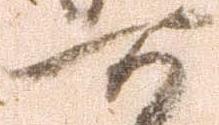
百